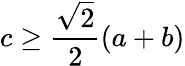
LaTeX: c\geq{\frac{\sqrt{2}}{2}}(a+b)